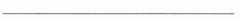
___